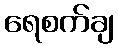
ရေစက်ချ